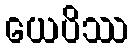
ယေပိဿ